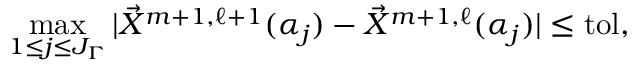
\operatorname* { m a x } _ { 1 \leq j \leq J _ { \Gamma } } | \vec { X } ^ { m + 1 , \ell + 1 } ( \alpha _ { j } ) - \vec { X } ^ { m + 1 , \ell } ( \alpha _ { j } ) | \leq \mathrm { t o l } ,